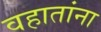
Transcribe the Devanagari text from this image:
वहातांना